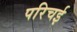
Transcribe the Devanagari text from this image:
परिचई